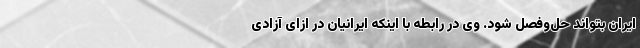
ایران بتواند حل‌وفصل شود. وی در رابطه با اینکه ایرانیان در ازای آزادی